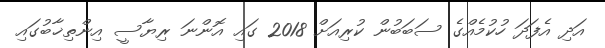
އަދި އެފަދަ ހުކުމެއްގެ ސަބަބުން ކުރިއަށް 2018 ގައި އޮންނަ ރިޔާސީ އިންތިޚާބުގައި